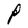
Character: P